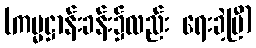
(ကမ္မဋ္ဌာန်းခန်း၌လည်း ရေးခဲ့ပြီ)